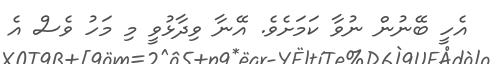
އެހީ ބޭނުން ނުވާ ކަމަށެވެ. އޭނާ ވިދާޅުވީ މި މަހު ވެސް އެ